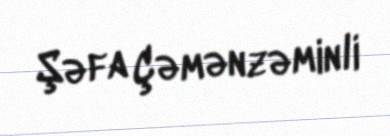
Şəfa Çəmənzəminli